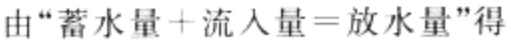
由“蓄水量 + 流入量 = 放水量”得